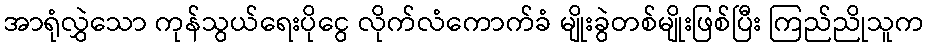
အာရုံလွှဲသော ကုန်သွယ်ရေးပိုငွေ လိုက်လံကောက်ခံ မျိုးခွဲတစ်မျိုးဖြစ်ပြီး ကြည်ညိုသူက